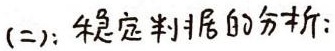
(二)：稳定判据的分析：